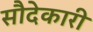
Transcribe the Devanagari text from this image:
सौदेकारी